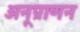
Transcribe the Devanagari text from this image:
अनूप्राणन